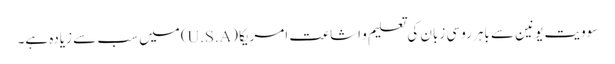
سوویت یونین سے باہر روسی زبان کی تعلیم و اشاعت امریکا (U.S.A) میں سب سے زیادہ ہے۔